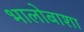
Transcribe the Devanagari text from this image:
भालोबाशा